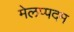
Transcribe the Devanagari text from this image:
मेलप्पदम